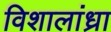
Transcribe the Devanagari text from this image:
विशालांध्रा